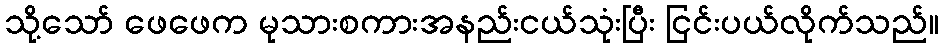
သို့သော် ဖေဖေက မုသားစကားအနည်းငယ်သုံးပြီး ငြင်းပယ်လိုက်သည်။